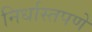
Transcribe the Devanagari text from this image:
निर्धास्तपणे